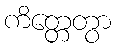
ကိတ္တေတွာ